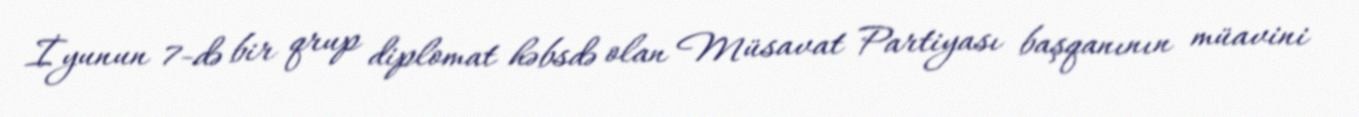
İyunun 7-də bir qrup diplomat həbsdə olan Müsavat Partiyası başqanının müavini